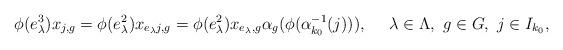
LaTeX: \begin{align*}\phi(e_\lambda^3)x_{j,g}=\phi(e_\lambda^2)x_{e_\lambda j,g}=\phi(e_\lambda^2)x_{e_\lambda,g}\alpha_g(\phi(\alpha_{k_0}^{-1}(j))),\ \ \ \ \lambda\in \Lambda,\ g\in G,\ j\in I_{k_0},\end{align*}